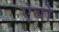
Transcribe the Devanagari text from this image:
ऐबो